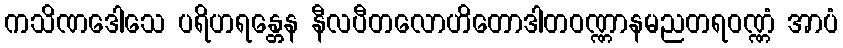
ကသိဏဒေါသေ ပရိဟရန္တေန နီလပီတလောဟိတောဒါတဝဏ္ဏာနမညတရဝဏ္ဏံ အာပံ